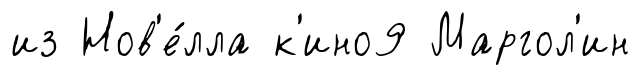
из Нов'е́лла к'ино9 Маргол'ин